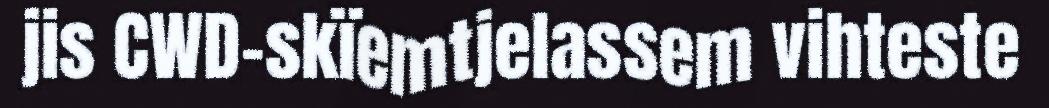
jis CWD-skïemtjelassem vihteste